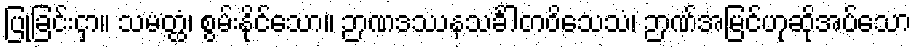
ပြုခြင်းငှာ။ သမတ္ထံ၊ စွမ်းနိုင်သော။ ဉာဏဒဿနသင်္ခါတဝိသေသံ၊ ဉာဏ်အမြင်ဟုဆိုအပ်သော